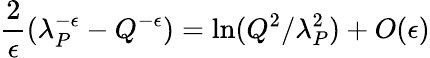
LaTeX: {\frac{2}{\epsilon}}(\lambda_{P}^{-\epsilon}-Q^{-\epsilon})=\ln(Q^{2}/\lambda_{P}^{2})+O(\epsilon)